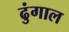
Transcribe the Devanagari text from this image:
ढुंगाल